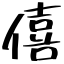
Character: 僖